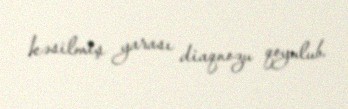
kəsilmiş yarası diaqnozu qoyulub.